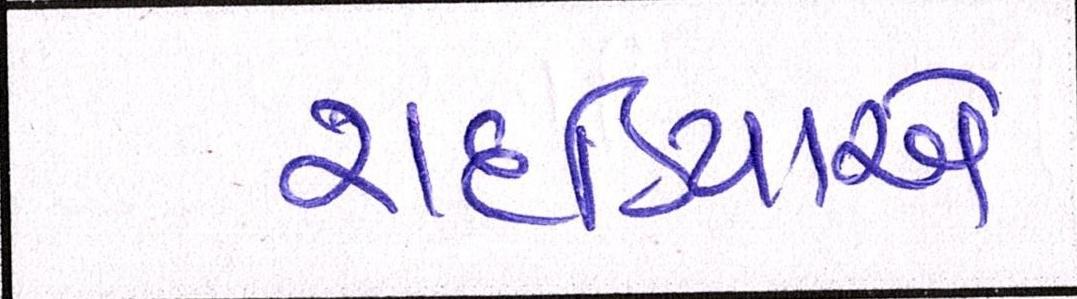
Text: રાદડિયાએ